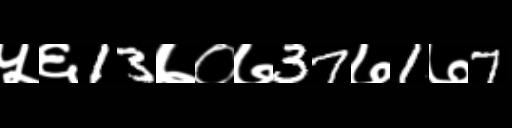
Text: ५६13७०७37७1७7